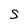
Character: S